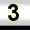
Digit: 3